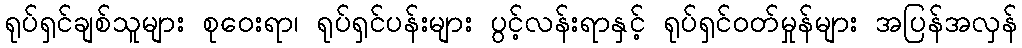
ရုပ်ရှင်ချစ်သူများ စုဝေးရာ၊ ရုပ်ရှင်ပန်းများ ပွင့်လန်းရာနှင့် ရုပ်ရှင်ဝတ်မှုန်များ အပြန်အလှန်